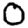
Digit: 0